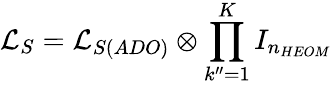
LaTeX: \mathcal{L}_{S}=\mathcal{L}_{S(ADO)}\otimes\prod_{k^{\prime\prime}=1}^{K}I_{n_{HEOM}}